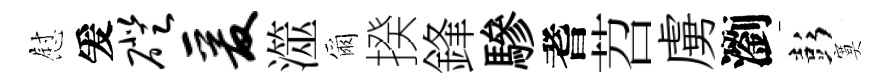
慰爰磴爰澨爾揆鋒驂耆苕虜瀏彭寞